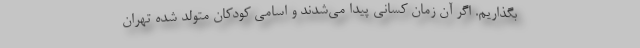
بگذاریم. اگر آن زمان کسانی پیدا می‌شدند و اسامی کودکان متولد شده تهران